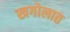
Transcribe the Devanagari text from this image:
खगोलात